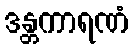
ဒန္တကာရဏံ